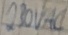
Text: 230VAC